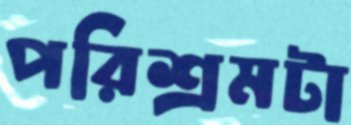
পরিশ্রমটা